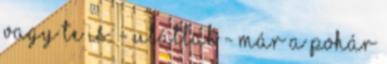
vagy te is. - Utállak - már a pohár